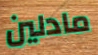
مادلين